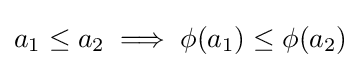
a_{1}\leq a_{2}\implies \phi (a_{1})\leq \phi (a_{2})